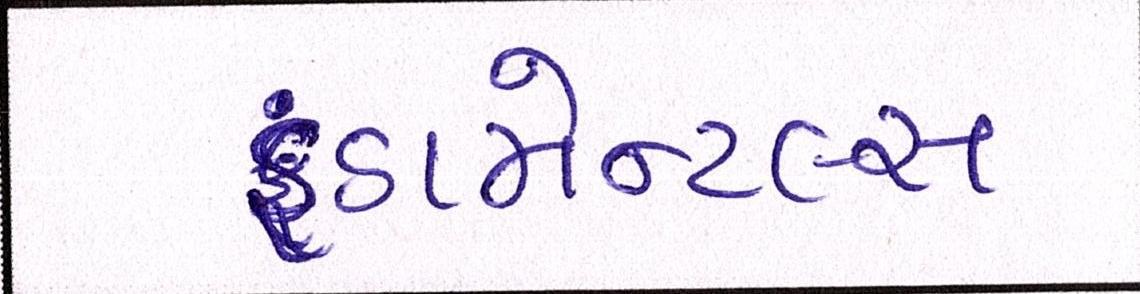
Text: ફંડામેન્ટલ્સ